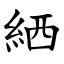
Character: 絤